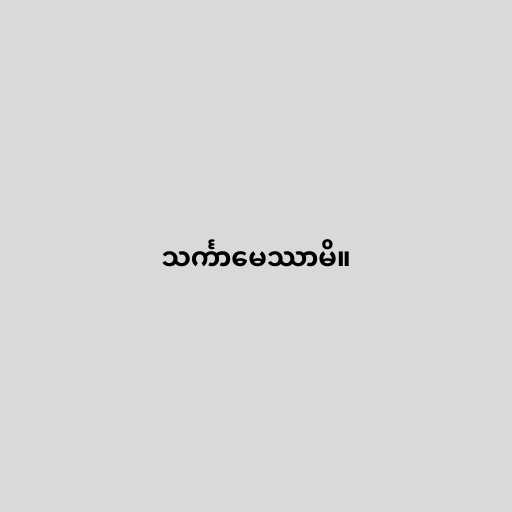
သင်္ကာမေဿာမိ။